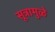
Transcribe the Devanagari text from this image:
सूत्रामुळे